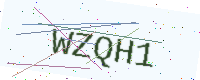
Text: WZQH1